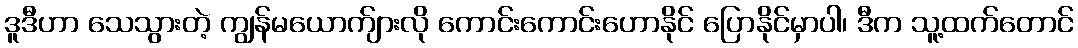
ဒူဒီဟာ သေသွားတဲ့ ကျွန်မယောက်ျားလို ကောင်းကောင်းဟောနိုင် ပြောနိုင်မှာပါ၊ ဒီက သူ့ထက်တောင်